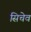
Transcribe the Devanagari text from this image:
सिचेव